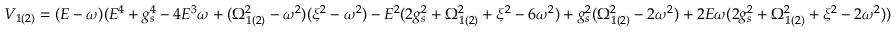
V _ { 1 ( 2 ) } = ( E - \omega ) ( E ^ { 4 } + g _ { s } ^ { 4 } - 4 E ^ { 3 } \omega + ( \Omega _ { 1 ( 2 ) } ^ { 2 } - \omega ^ { 2 } ) ( \xi ^ { 2 } - \omega ^ { 2 } ) - E ^ { 2 } ( 2 g _ { s } ^ { 2 } + \Omega _ { 1 ( 2 ) } ^ { 2 } + \xi ^ { 2 } - 6 \omega ^ { 2 } ) + g _ { s } ^ { 2 } ( \Omega _ { 1 ( 2 ) } ^ { 2 } - 2 \omega ^ { 2 } ) + 2 E \omega ( 2 g _ { s } ^ { 2 } + \Omega _ { 1 ( 2 ) } ^ { 2 } + \xi ^ { 2 } - 2 \omega ^ { 2 } ) )